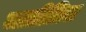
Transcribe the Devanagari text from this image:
जातीतिल